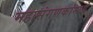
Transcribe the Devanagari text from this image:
महासंगणकांमध्ये